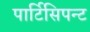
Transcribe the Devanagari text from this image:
पार्टिसिपन्ट